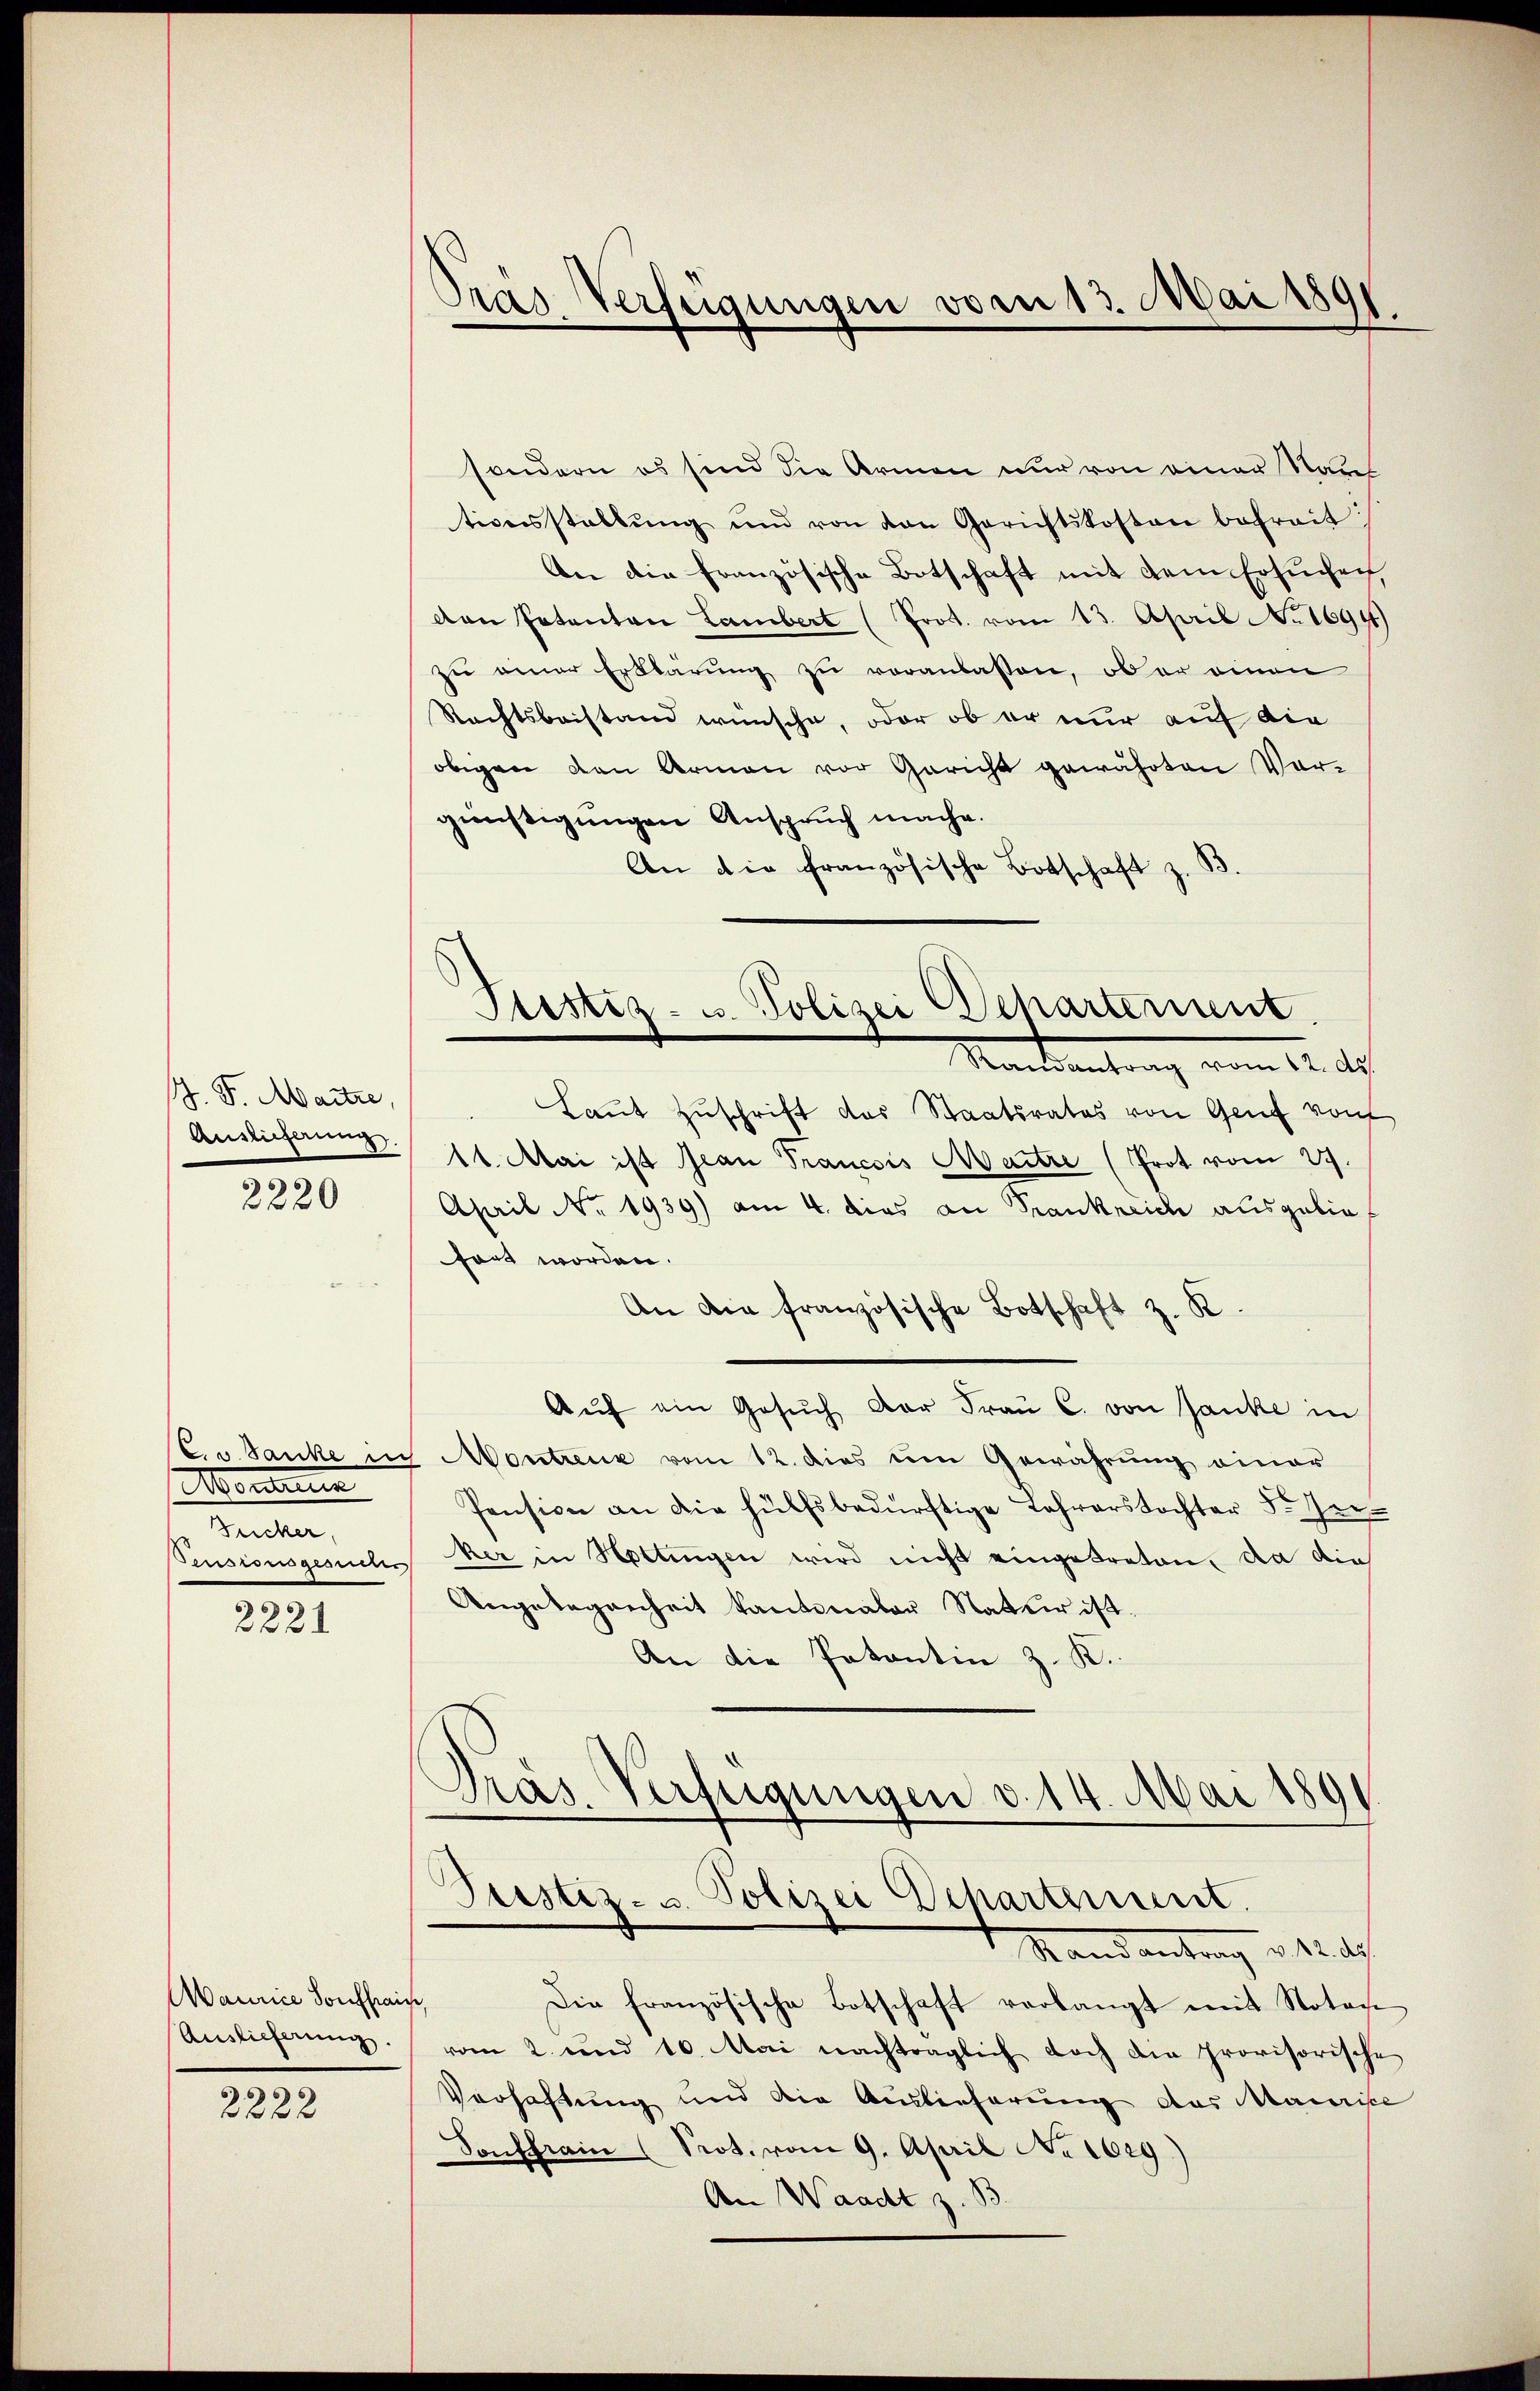
J. F. Maitre,
Auslieferung

2220

Monum
Zucker,
Pensionsgesuchs

2221

Maurice Souffrais
Auslieferung.

2222

ras Verfügungen vom 13. Mai 1891

sondern es sind die Armen nur von einer Raus
tionsstallŭng und von den Gerichtskosten betreit:
An die französische Botschaft mit dem Ersuchen
den Petenten Lambert (Prot. vom 13. April No 1694)
zu einer Erklärung zu veranlassen, ob er einen
Rechtsbeistand wünsche, oder ob er nur auf die
obigen den Armen vor Gericht gewährten Vorgünstigungen Anspruch mache.
An die französische Botschaft z. B.

Ptistiz- u. Polizei Departerient.
Macentrag vom 12. de

Laut Zuschrift das Staatsrates von Genf von
11. Mai ist Jean Francois Maitre (Prot vom 29.
April No 1939) am 4. dies an Frankreich ausgebiet
tört worden.
An die französische Botschaft z. K.
Aŭf ein Gesŭch der Frau C. von Janke in
Cu. danke in Montrenz vom 12. dies um Gewährung einer
Pension an die hülfsbedürftige Lehrerstochter 5. Zerker in Hottingen wird nicht eingetreten, da die
Angelegenheit kantonaler Natur ist.
An die Patentin z. K.
Präs. Verfügungen d. 14. Mai 1891
Justiz- u. Polizei Departement.
Randantrag v. 12. d
Die französische Botschaft verlangt mit Notar
vom 2. und 10. Mai nachträglich doch die provisorische
Verhaftung und die Auslieferung des Manie
Sonffrain (Prot. vom 9. April No 1629)
An Waadt z. B.